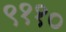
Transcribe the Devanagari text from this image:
९११०